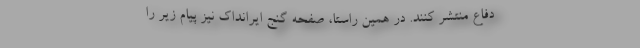
دفاع منتشر کنند. در همین راستا، صفحه‌ گنج ایرانداک نیز پیام زیر را